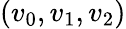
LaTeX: (v_{0},v_{1},v_{2})